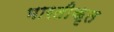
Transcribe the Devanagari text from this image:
भारतीकृत